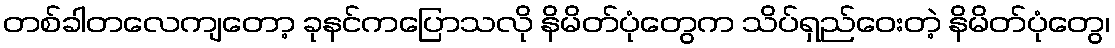
တစ်ခါတလေကျတော့ ခုနင်ကပြောသလို နိမိတ်ပုံတွေက သိပ်ရှည်ဝေးတဲ့ နိမိတ်ပုံတွေ၊